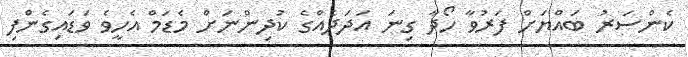
ކެންސަރު ބައްޔަށް ފަރުވާ ހޯދާ ގިނަ އަދަދެއްގެ ކުދިންނަށް މެޑަމް އެހީވެ ވަޑައިގެންފި